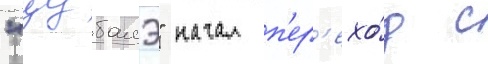
"цубамэ" начал п'ер'ехо́д с